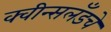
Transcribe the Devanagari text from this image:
क्वीन्सलँडचे